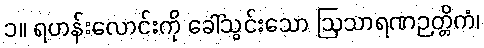
၁။ ရဟန်းလောင်းကို ခေါ်သွင်းသော ဩသာရဏဉတ္တိကံ၊